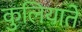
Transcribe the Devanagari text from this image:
कुलियाते